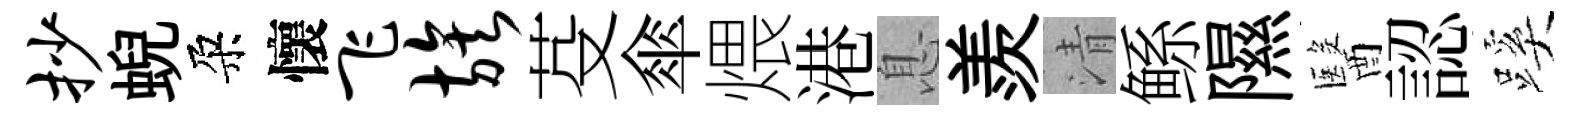
抄蜺朶懷飞族芟傘煨港息羨清鲧隰醫認蹊